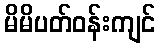
မိမိပတ်ဝန်းကျင်